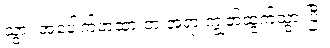
သွား အပေါက်ဖာထားတဲ့ အရာ ကျွတ်ထွက်သွားပြီ။